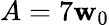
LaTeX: A=7\mathbf{w}_{0}